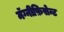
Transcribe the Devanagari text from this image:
मॅग्नीफ़िसेन्ट